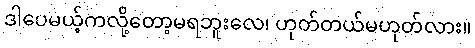
ဒါပေမယ့်ကလို့တော့မရဘူးလေ၊ ဟုတ်တယ်မဟုတ်လား။